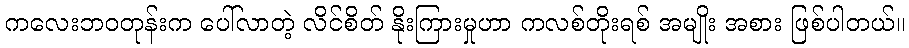
ကလေးဘဝတုန်းက ပေါ်လာတဲ့ လိင်စိတ် နိုးကြားမှုဟာ ကလစ်တိုးရစ် အမျိုး အစား ဖြစ်ပါတယ်။